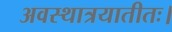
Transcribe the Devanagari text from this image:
अवस्थात्रयातीतः।